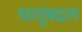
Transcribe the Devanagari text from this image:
धातूंबद्दल